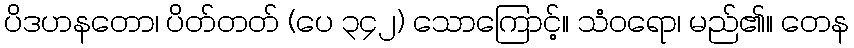
ပိဒဟနတော၊ ပိတ်တတ် (ပေ ၃၄၂) သောကြောင့်။ သံဝရော၊ မည်၏။ တေန